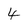
Character: 4